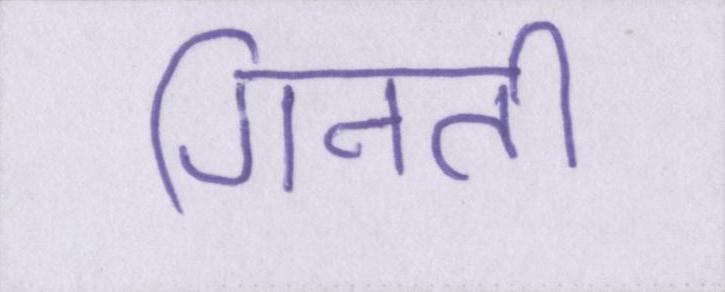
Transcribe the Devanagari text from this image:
गिनती